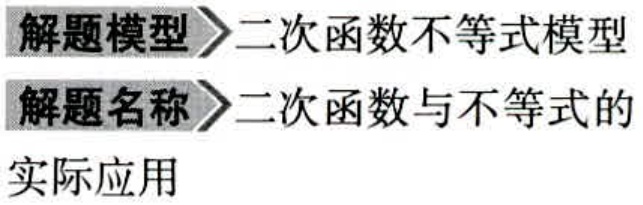
解题模型$\rightharpoonup$二次函数不等式模型
解题名称$\rightharpoonup$二次函数与不等式的
实际应用